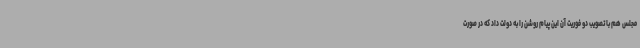
مجلس هم با تصویب دو فوریت آن این پیام روشن را به دولت داد که در صورت